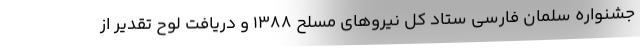
جشنواره سلمان فارسی ستاد کل نیروهای مسلح ۱۳۸۸ و دریافت لوح تقدیر از